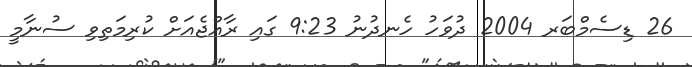
26 ޑިސެމްބަރ 2004 ދުވަހު ހެނދުނު 9:23 ގައި ރާއްޖެއަށް ކުރިމަތިވި ސުނާމީ